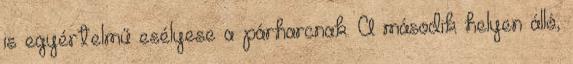
is egyértelmű esélyese a párharcnak. A második helyen álló,